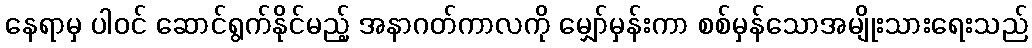
နေရာမှ ပါဝင် ဆောင်ရွက်နိုင်မည့် အနာဂတ်ကာလကို မျှော်မှန်းကာ စစ်မှန်သောအမျိုးသားရေးသည်